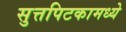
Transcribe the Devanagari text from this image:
सुत्तपिटकामध्ये